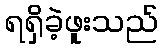
ရရှိခဲ့ဖူးသည်